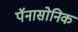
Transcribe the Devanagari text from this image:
पॅनासोनिक